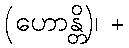
(ဟောန္တိ)၊ +